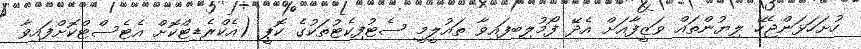
ހުށަހަޅަންޖެހޭ ލިޔުންތައް ވަޒީފާއަށް އެދޭ ފޯމުލިބިފައިވާ ތައުލީމީ ސެޓުފިކެޓުތަކުގެ ކޮޕީ (އެކްރެޑިޓްކޮށް އެޓެސްޓްކޮށްފައިވާ